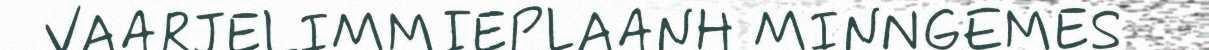
VAARJELIMMIEPLAANH MINNGEMES